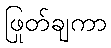
ဖြုတ်ချကာ